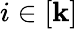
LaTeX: i\in\left[\mathbf{k}\right]